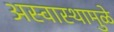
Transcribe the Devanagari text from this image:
अस्वास्थामुळे